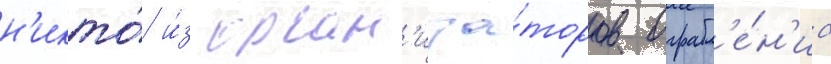
н'икто́ и́з орган'иза́торов ограбл'е́н'иа